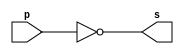

// ------------------------- 
// Exemplo0002 - NOT 
// Nome: Lorena Danielle Gonalves Bento 
// ------------------------- 
// ------------------------- 
// -- not gate 
// ------------------------- 
module notgate (output s, input p); 
assign s = ~p; // criar vinculo permanente 
// (dependencia) 
endmodule // notgate  
// ------------------------- 
// -- test notgate 
// ------------------------- 
module testnotgate;  
// ------------------------- dados locais 
reg a; // definir registrador 
// (variavel independente) 
wire s; // definir conexao (fio) 
// (variavel dependente ) 
// ------------------------- instancia 
notgate NOT1 (s, a); 
// ------------------------- preparacao 
initial begin:start 
a=0; 
end 
// ------------------------- parte principal 
initial begin 
$display("Exemplo0002 - Lorena Danielle Gonalves Bento - 435049"); 
$display("Test NOT gate"); 
$display("\n~a = s\n"); 
a=0; 
#1 $display("~%b = %b", a, s); 
a=1; 
#1 $display("~%b = %b", a, s); 
end 
endmodule // testnotgate